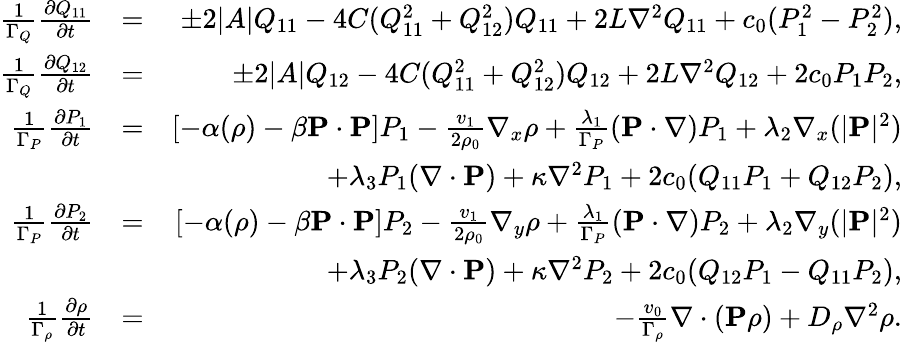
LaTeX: \begin{array}{rlr}{\frac{1}{\Gamma_{Q}}\frac{\partial Q_{11}}{\partial t}}&{=}&{\pm 2|A|Q_{11}-4C(Q_{11}^{2}+Q_{12}^{2})Q_{11}+2L\nabla^{2}Q_{11}+c_{0}(P_{1}^{2}-P_{2}^{2}),}\\ {\frac{1}{\Gamma_{Q}}\frac{\partial Q_{12}}{\partial t}}&{=}&{\pm 2|A|Q_{12}-4C(Q_{11}^{2}+Q_{12}^{2})Q_{12}+2L\nabla^{2}Q_{12}+2c_{0}P_{1}P_{2},}\\ {\frac{1}{\Gamma_{P}}\frac{\partial P_{1}}{\partial t}}&{=}&{[-\alpha(\rho)-\beta{\mathbf P}\cdot{\mathbf P}]P_{1}-\frac{v_{1}}{2\rho_{0}}\nabla_{x}\rho+\frac{\lambda_{1}}{\Gamma_{P}}({\mathbf P}\cdot\nabla)P_{1}+\lambda_{2}\nabla_{x}(|{\mathbf P}|^{2})}\\ &{}&{+\lambda_{3}P_{1}(\nabla\cdot{\mathbf P})+\kappa\nabla^{2}P_{1}+2c_{0}(Q_{11}P_{1}+Q_{12}P_{2}),}\\ {\frac{1}{\Gamma_{P}}\frac{\partial P_{2}}{\partial t}}&{=}&{[-\alpha(\rho)-\beta{\mathbf P}\cdot{\mathbf P}]P_{2}-\frac{v_{1}}{2\rho_{0}}\nabla_{y}\rho+\frac{\lambda_{1}}{\Gamma_{P}}({\mathbf P}\cdot\nabla)P_{2}+\lambda_{2}\nabla_{y}(|{\mathbf P}|^{2})}\\ &{}&{+\lambda_{3}P_{2}(\nabla\cdot{\mathbf P})+\kappa\nabla^{2}P_{2}+2c_{0}(Q_{12}P_{1}-Q_{11}P_{2}),}\\ {\frac{1}{\Gamma_{\rho}}\frac{\partial\rho}{\partial t}}&{=}&{-\frac{v_{0}}{\Gamma_{\rho}}\nabla\cdot({\mathbf P}\rho)+D_{\rho}\nabla^{2}\rho.}\end{array}